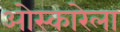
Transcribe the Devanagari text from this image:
ओस्कारेला